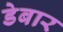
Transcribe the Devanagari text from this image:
डेबार